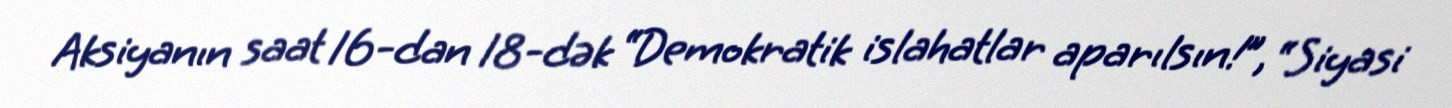
Aksiyanın saat 16-dan 18-dək “Demokratik islahatlar aparılsın!”, “Siyasi